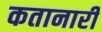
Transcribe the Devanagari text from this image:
कतानारी